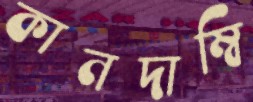
কানদাম্বি